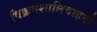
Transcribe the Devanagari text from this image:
विक्रमशालिवाहनौ